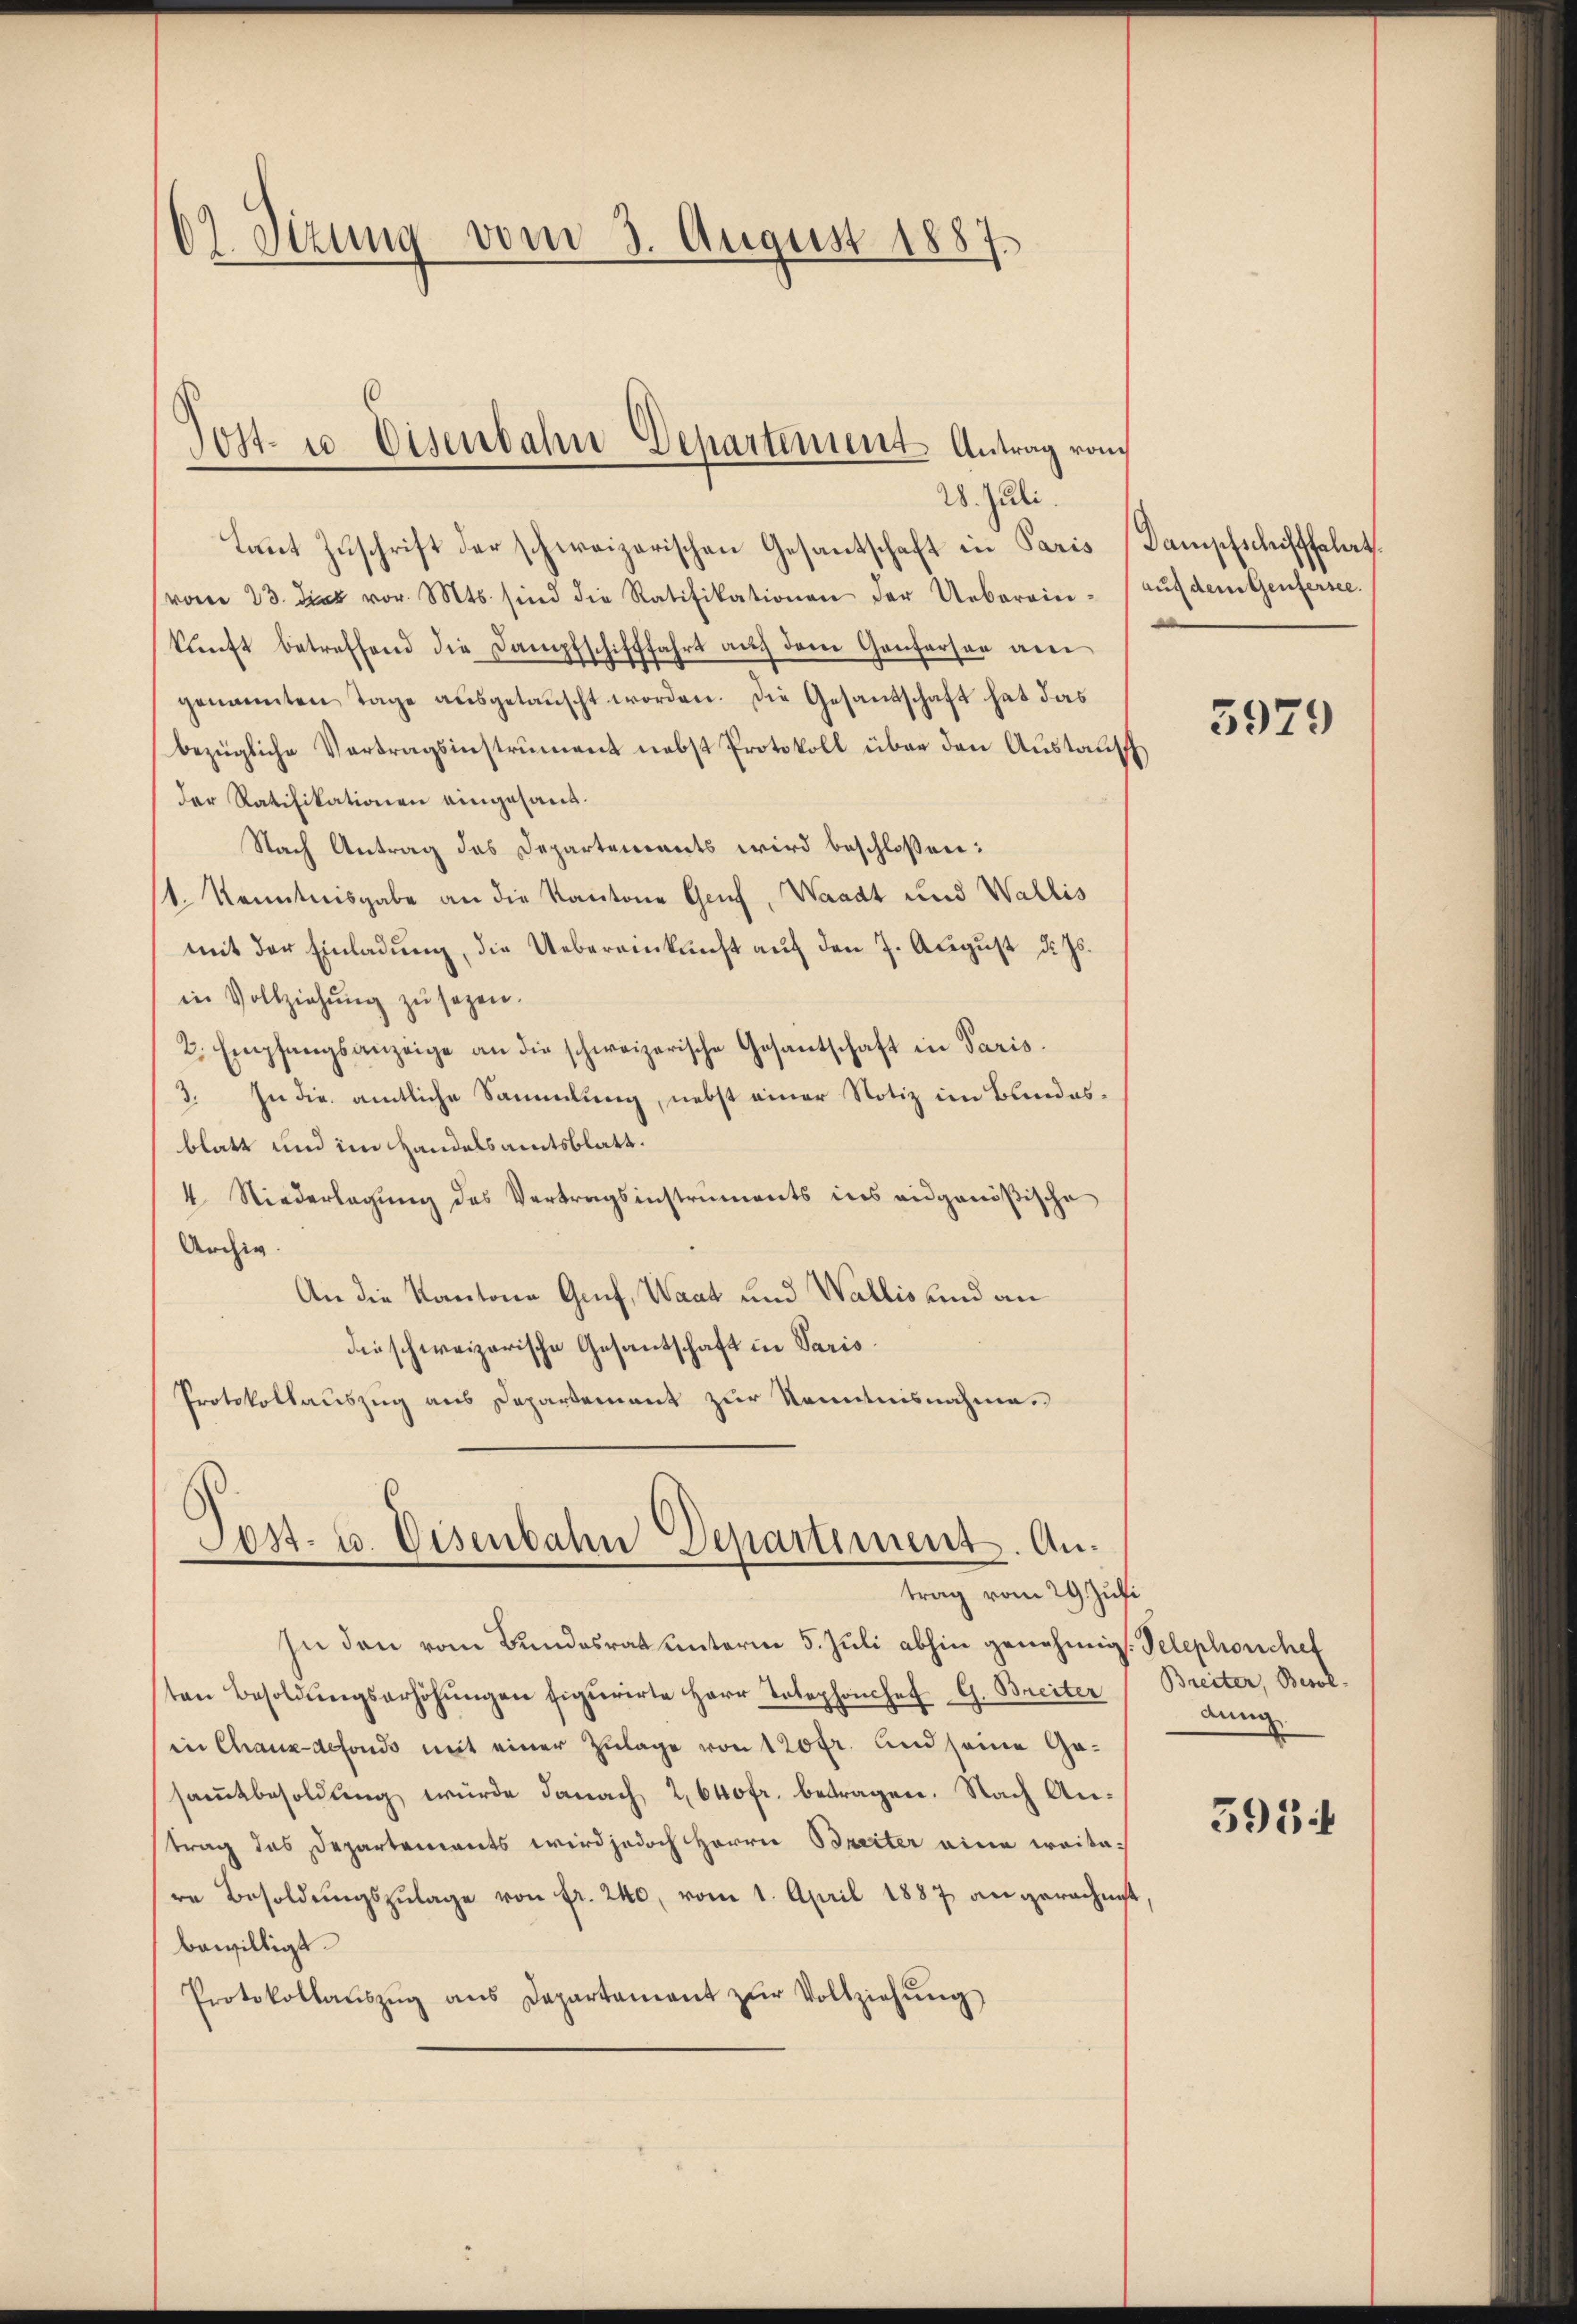
2 Sizung vom 3. August 1887.

Post- u. Eisenbahn Departement Antrag vom

28. Juli.
taut Zuschrift der schweizerischen Gesantschaft in Paris Dampfschiffsalat.
vom 23. ds vor. Mts. sind die Ratifikationen der Ueberein- aŭf dem Genfersee.
kŭnft betreffend die Dampfschifffahrt aŭf dem Genferson am
genannten Tage ausgetauscht worden. Die Gesandschaft hat das
bezügliche Vertragsinstrument nebst Protokoll über den Austausch
der Ratifikationen eingesand.
Nach Antrag das Departements wird beschloßen:
st. Kenntnisgabe an die Kantone Genf, Waadt und Wallis
mit der Einladŭng, die Uebereinkunft auf den 7. August d. Js.
in Vollziehŭng zŭ sezen.
2. Empfangsanzeige an die schweizerische Gesantschaft in Paris.
3. In die amtliche Sammlung, nebst einer Notiz im Bundesblatt und im Handelsamtsblatt.
4 Niederlegung des Vertragsinstruments ins eidgenößische
Archiv.
An die Kantone Greif, Waat und Wallis und an
die schweizerische Gesantschaft in Paris
Protokollauszug aus Departement zur Kenntnisnahme.

Post. u. Eisenbahn Departement. Antrag vom 29. Juli

In den vom Bundesrat unterm 5. Juli abhin genehmigt. Telephonchef
ten Besoldŭngserhöhŭngen figurirte Herr Telephonchef G. Breiter
in Chauzdefonds mit einer Zulage von 120 fr. und seine Gasamtbesoldung wurde danach 2640fr. betragen. Nach Antrag das Departements wird jedoch Herrn Breiter eine weitere Besoldŭngszŭlage von fr. 240, vom 1. April 1887 angerechnet
bewilligt.
Protokollaŭszŭg ans Departament zŭr Vollziehŭng

3979

Breiter, Besol
ann

595.